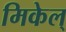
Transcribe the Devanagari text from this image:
मिकेल्